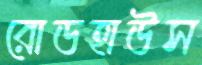
রোডহাউস